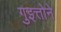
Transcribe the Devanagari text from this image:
गुइत्तोने